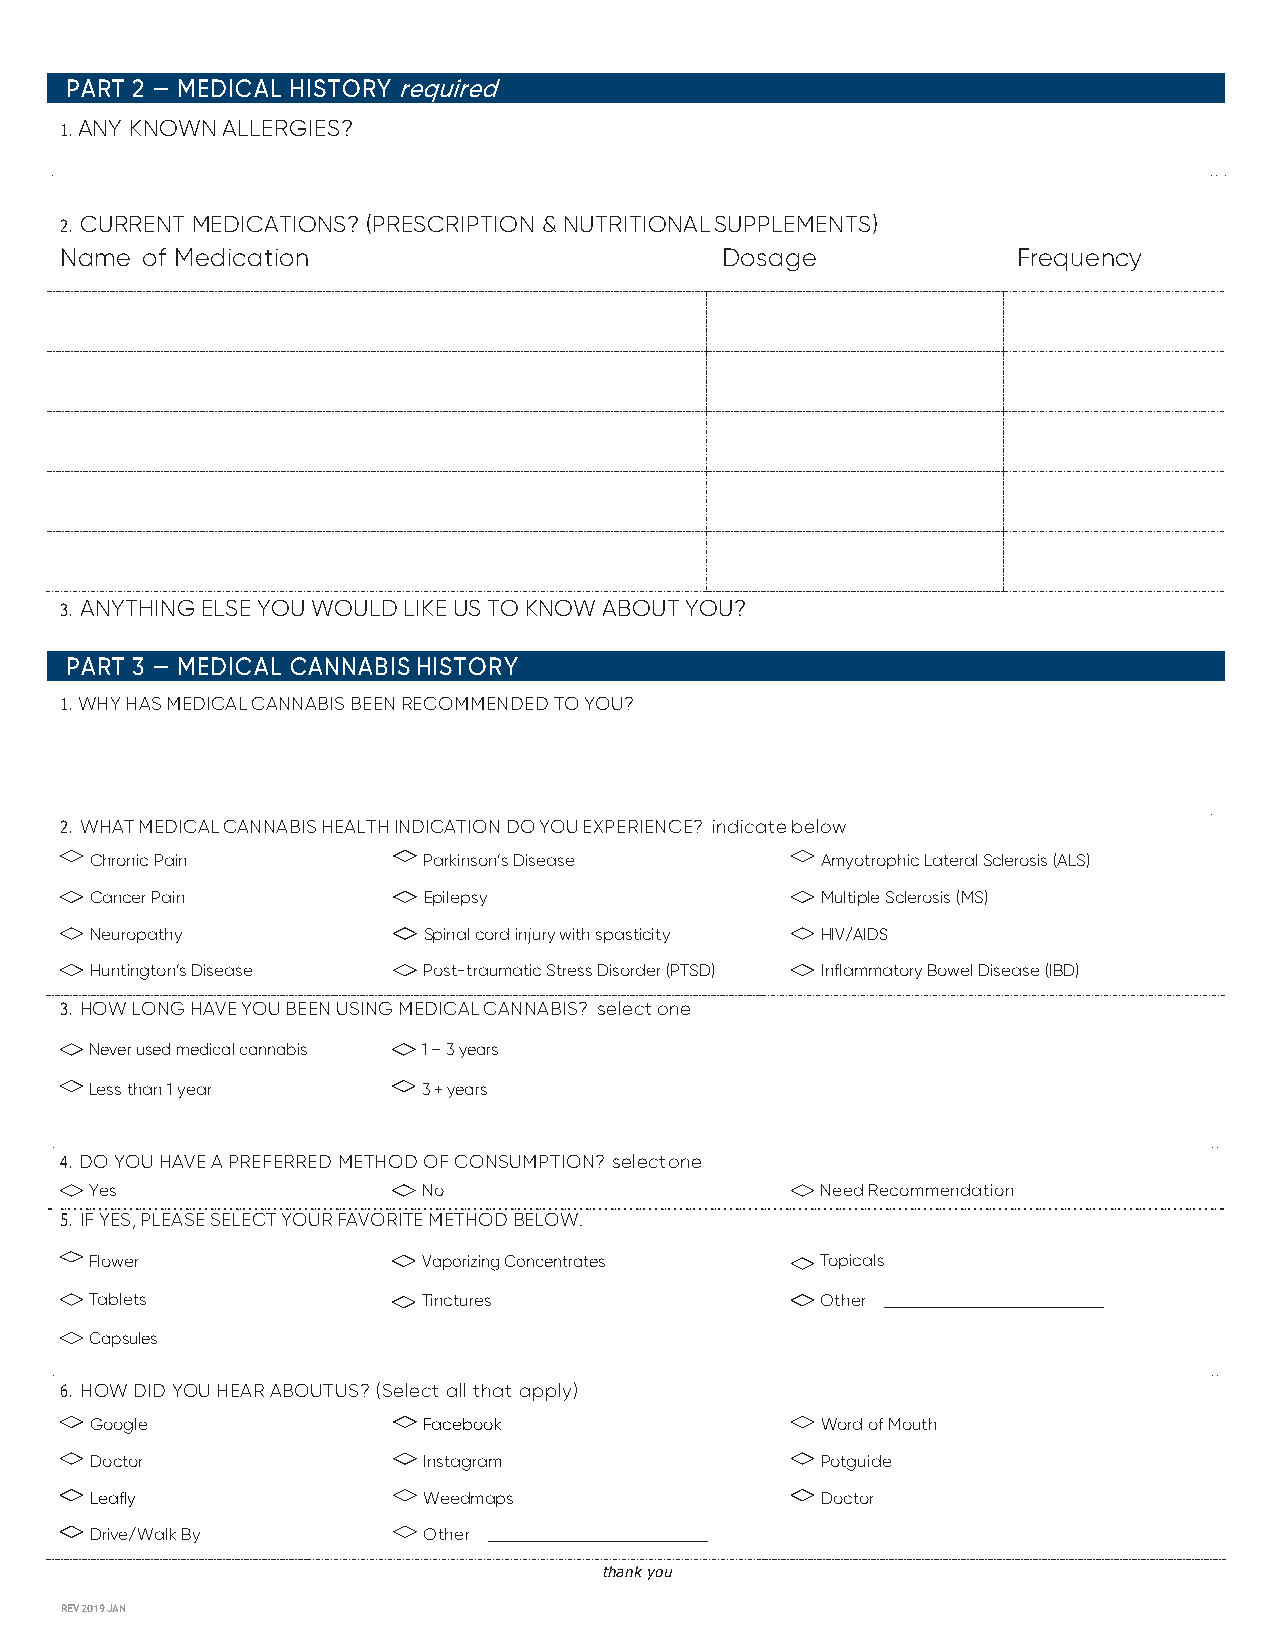
PART 2 — MEDICAL HISTORY required
 1. ANY KNOWN ALLERGIES?
 2. CURRENT MEDICATIONS? (PRESCRIPTION & NUTRITIONAL SUPPLEMENTS)
 Name of Medication                          Dosage             Frequency
 3. ANYTHING ELSE YOU WOULD LIKE US TO KNOW ABOUT YOU?
 PART 3 — MEDICAL CANNABIS HISTORY
 1. WHY HAS MEDICAL CANNABIS BEEN RECOMMENDED TO YOU?
 2. WHAT MEDICAL CANNABIS HEALTH INDICATION DO YOU EXPERIENCE? indicate below
 Chronic Pain          Parkinson’s Disease       Amyotrophic Lateral Sclerosis (ALS)
 Cancer Pain           Epilepsy                  Multiple Sclerosis (MS)
 Neuropathy            Spinal cord injury with spasticity HIV/AIDS
 Huntington’s Disease  Post-traumatic Stress Disorder (PTSD) Inflammatory Bowel Disease (IBD)
 3. HOW LONG HAVE YOU BEEN USING MEDICAL CANNABIS? select one
 Never used medical cannabis 1 – 3 years
 Less than 1 year      3 + years
 4. DO YOU HAVE A PREFERRED METHOD OF CONSUMPTION? select one
 Yes                   No                        Need Recommendation
 5. IF YES, PLEASE SELECT YOUR FAVORITE METHOD BELOW.
 Flower                Vaporizing Concentrates   Topicals
 Tablets               Tinctures                 Other
 Capsules
 6. HOW DID YOU HEAR ABOUT US? (Select all that apply)
 Google                Facebook                  Word of Mouth
 Doctor                Instagram                 Potguide
 Leafly                Weedmaps                  Doctor
 Drive/Walk By         Other
 thank you
 REV 2019 JAN